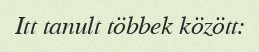
Itt tanult többek között: